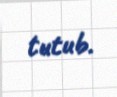
tutub.